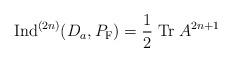
LaTeX: \begin{align*}{\rm Ind}^{(2n)}(D_a,P_{\rm F})=\frac{1}{2}\;{\rm Tr}\; A^{2n+1}\end{align*}